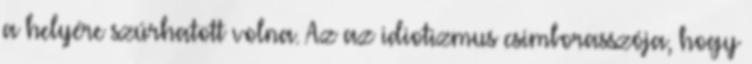
a helyére szúrhatott volna. Az az idiotizmus csimborasszója, hogy